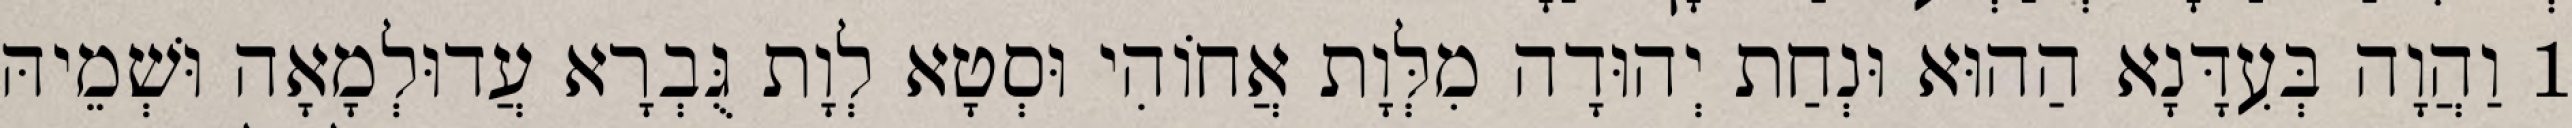
1 וַהֲוָה בְּעִדָּנָא הַהוּא וּנְחַת יְהוּדָה מִלְּוָת אֲחוֹהִי וּסְטָא לְוָת גֻּבְרָא עֲדוּלְמָאָה וּשְׁמֵיהּ